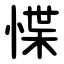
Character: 惵